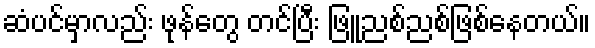
ဆံပင်မှာလည်း ဖုန်တွေ တင်ပြီး ဖြူညစ်ညစ်ဖြစ်နေတယ်။